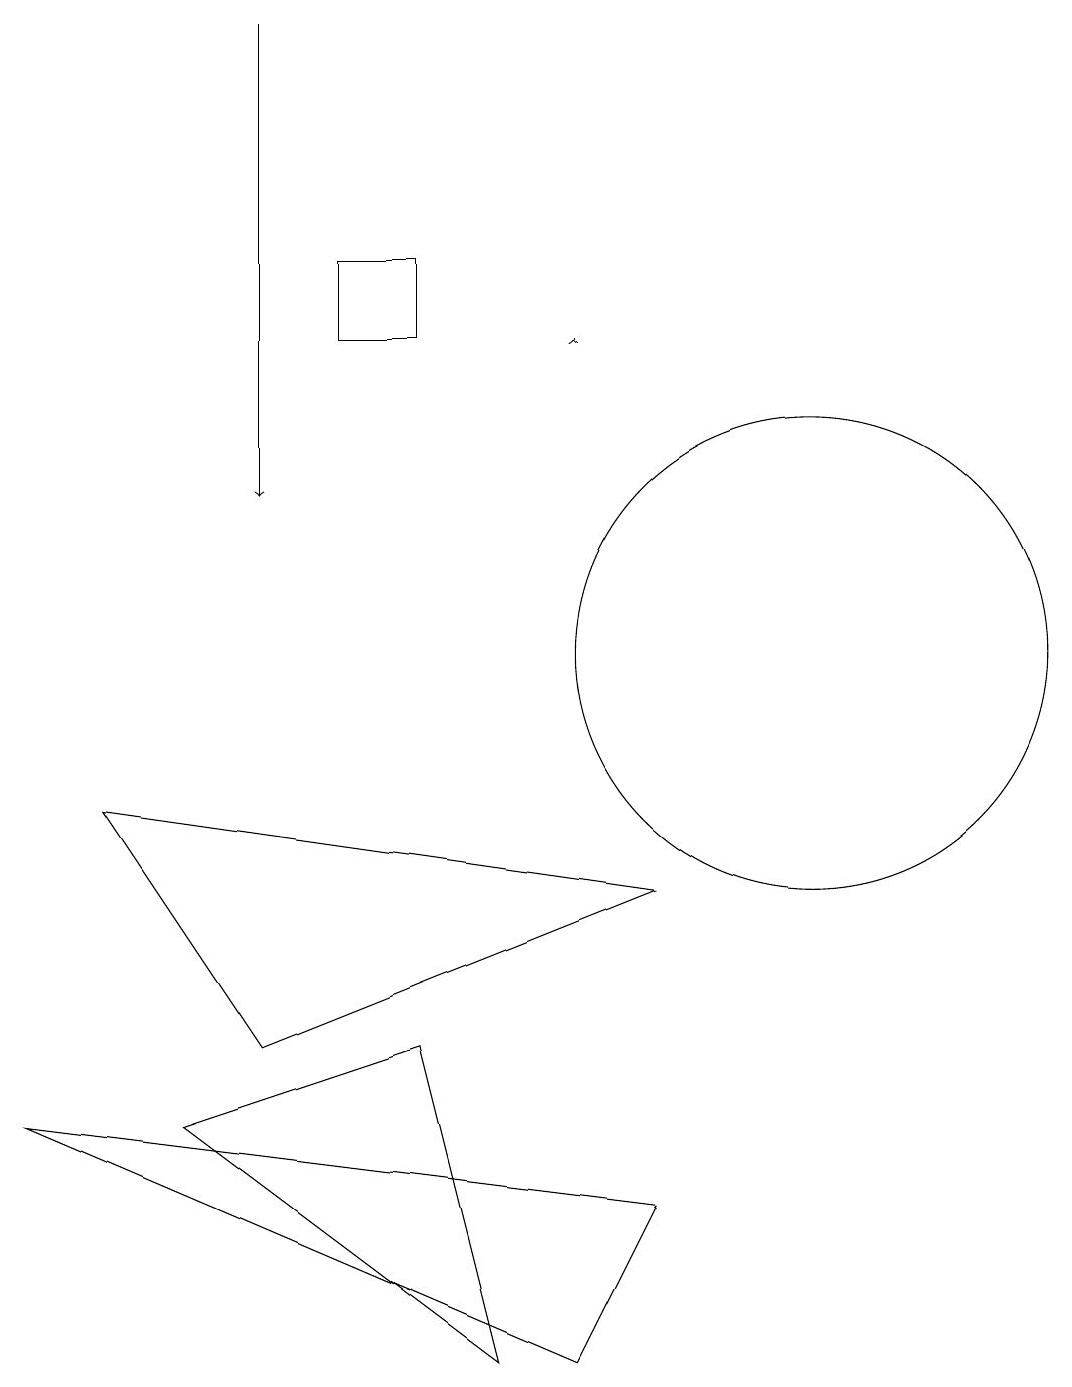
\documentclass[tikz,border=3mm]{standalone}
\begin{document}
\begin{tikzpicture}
\draw (6,2) -- (5,6) -- (2,5) -- cycle;
\draw[->] (7,15) -- (7,15);
\draw (0,5) -- (7,2) -- (8,4) -- cycle;
\draw (5,16) rectangle (4,15);
\draw (10,11) circle (3);
\draw[->] (3,19) -- (3,13);
\draw (6,11) rectangle (6,11);
\draw (1,9) -- (3,6) -- (8,8) -- cycle;
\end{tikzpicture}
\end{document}